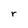
Character: r